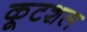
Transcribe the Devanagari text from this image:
कूटशल